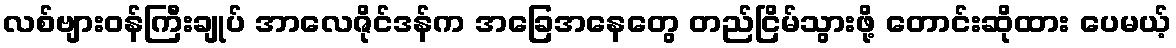
လစ်ဗျားဝန်ကြီးချုပ် အာလေဇိုင်ဒန်က အခြေအနေတွေ တည်ငြိမ်သွားဖို့ တောင်းဆိုထား ပေမယ့်